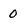
Character: 0